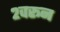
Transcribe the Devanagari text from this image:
२वरून